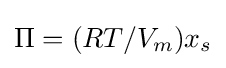
\Pi =(RT/V_{m})x_{s}